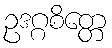
ဥဒဂ္ဂစိတ္တေ